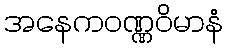
အနေကဝဏ္ဏဝိမာနံ